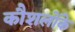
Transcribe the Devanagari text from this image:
कौशलोंके